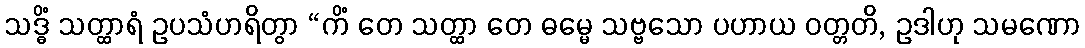
သဒ္ဓိံ သတ္ထာရံ ဥပသံဟရိတွာ “ကိံ တေ သတ္ထာ တေ ဓမ္မေ သဗ္ဗသော ပဟာယ ဝတ္တတိ, ဥဒါဟု သမဏော